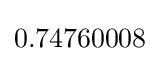
0.74760008